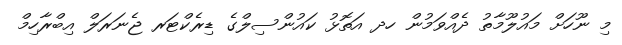
މި ނޫހަށް މައުލޫމާތު ދެއްވަމުން ހދ އަތޮޅު ކައުންސިލްގެ ޑިރެކްޓަރ ޖެނަރަލް އިބްރާހިމް